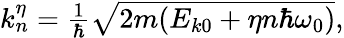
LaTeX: \begin{array}{r}{k_{n}^{\eta}=\frac{1}{\hbar}\sqrt{2m(E_{k0}+\eta n\hbar\omega_{0})},}\end{array}